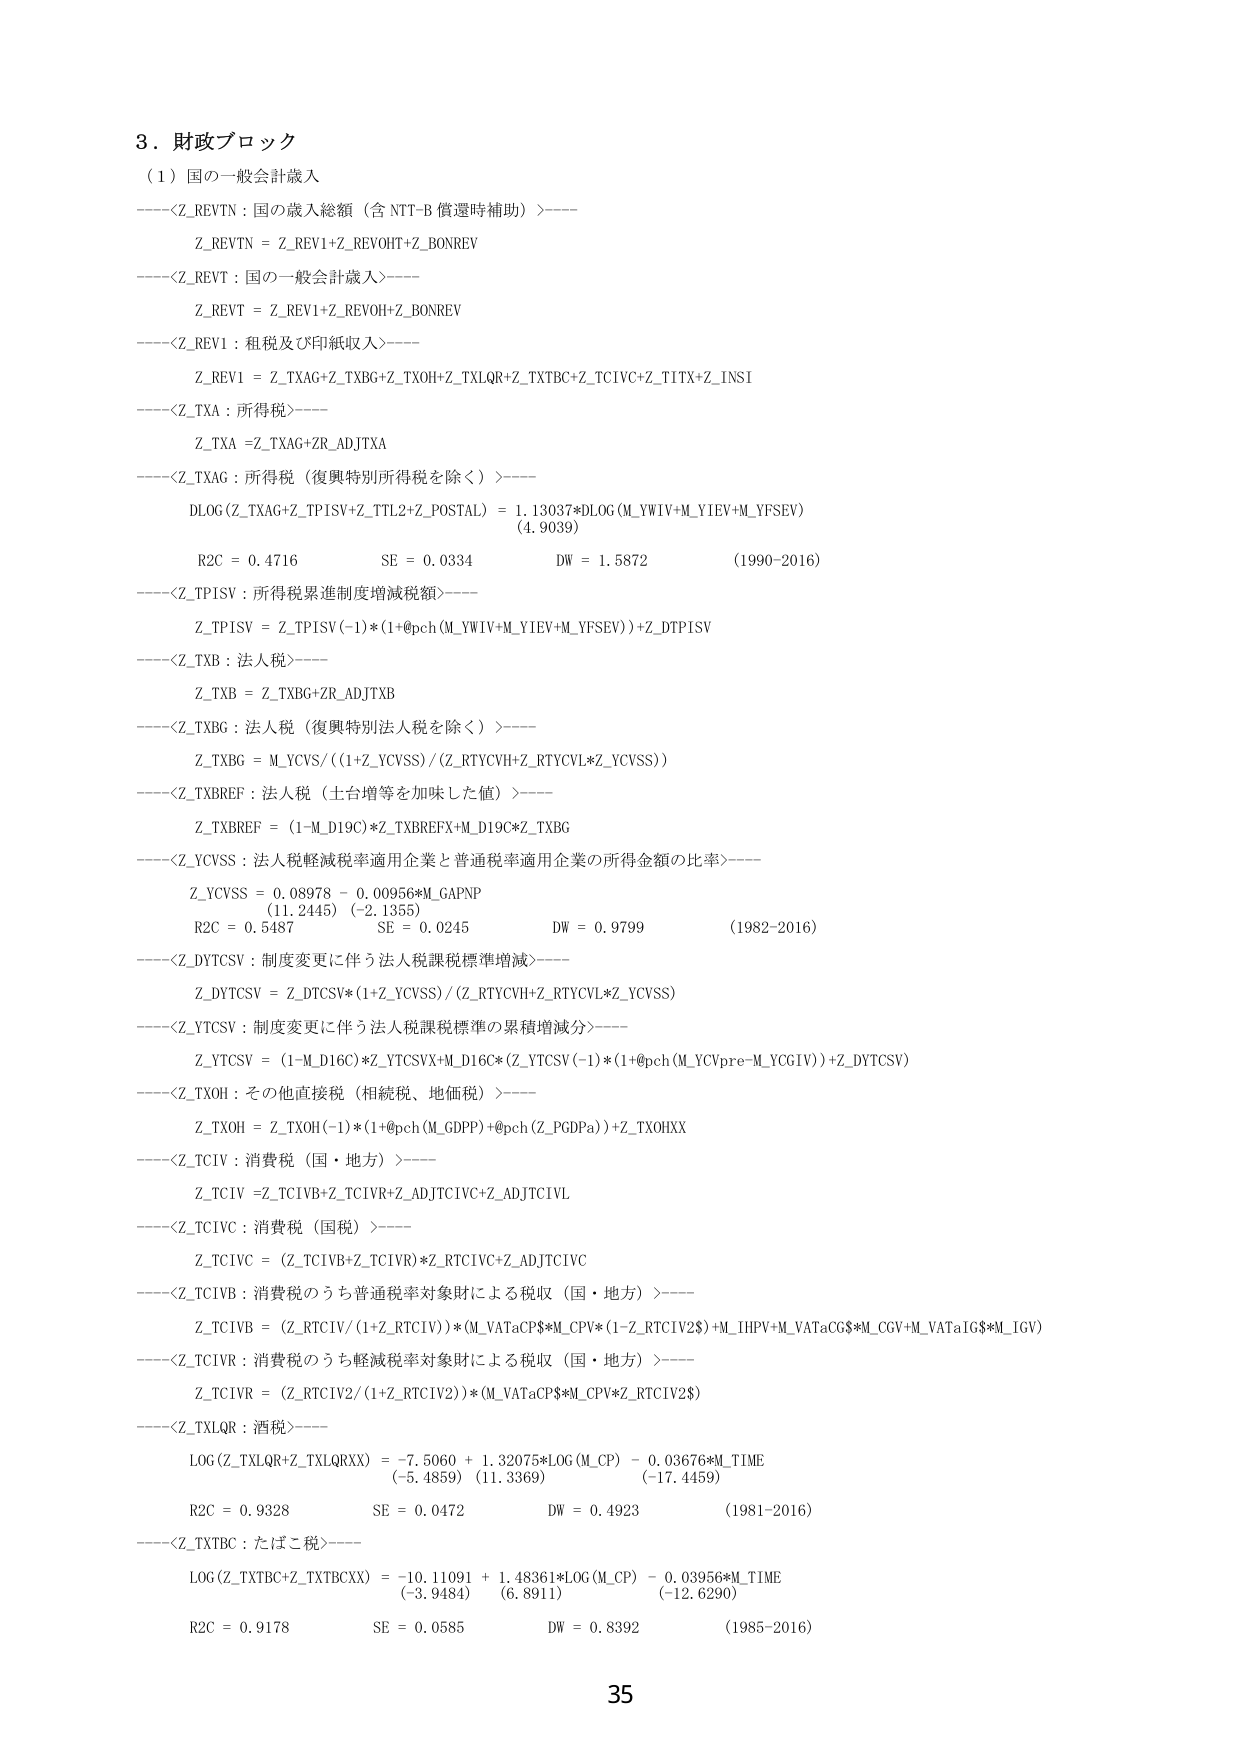
3. 財政ブロック
（1）国の一般会計歳入
----<Z_REVTN : 国の歳入総額（含 NTT-B 償還時補助）>----
Z_REVTN = Z_REV1+Z_REVOHT+Z_BONREV
----<Z_REVTT : 国の一般会計歳入>----
Z_REVTT = Z_REV1+Z_REVOHT+Z_BONREV
----<Z_REV1 : 租税及び印紙収入>----
Z_REV1 = Z_TXAG+Z_TXBG+Z_TXOH+Z_TXLQR+Z_TXTBC+Z_TCIVC+Z_TITX+Z_INSI
----<Z_TXA : 所得税>----
Z_TXA = Z_TXAG+ZR_ADJTXA
----<Z_TXAG : 所得税（復興特別所得税を除く）>----
DLOG(Z_TXAG+Z_TPISV+Z_TTL2+Z_POSTAL) = 1.13037*DLOG(M_YWIV+M_YIEV+M_YFSEV)
(4.9039)
R2C = 0.4716 SE = 0.0334 DW = 1.5872 (1990-2016)
----<Z_TPISV : 所得税累進制度増減税額>----
Z_TPISV = Z_TPISV(-1)*(1+@pch(M_YWIV+M_YIEV+M_YFSEV))+Z_DTPISV
----<Z_TXB : 法人税>----
Z_TXB = Z_TXBG+ZR_ADJTXB
----<Z_TXBG : 法人税（復興特別法人税を除く）>----
Z_TXBG = M_YCVS/(1+Z_YCVSS)/(Z_RTYCVH+Z_RTYCVL*Z_YCVSS)
----<Z_TXBREF : 法人税（土台増等を加味した値）>----
Z_TXBREF = (1-M_D19C)*Z_TXBREFX+M_D19C*Z_TXBG
----<Z_YCVSS : 法人税軽減税率適用企業と普通税率適用企業の所得金額の比率>----
Z_YCVSS = 0.08978 - 0.00956*M_GAPNP
(11.2445) (-2.1355)
R2C = 0.5487 SE = 0.0245 DW = 0.9799 (1982-2016)
----<Z_DYTCVS : 制度変更に伴う法人税課税標準増減>----
Z_DYTCVS = Z_DTCVS*(1+Z_YCVSS)/(Z_RTYCVH+Z_RTYCVL*Z_YCVSS)
----<Z_YTCVS : 制度変更に伴う法人税課税標準の累積増減分>----
Z_YTCVS = (1-M_D16C)*Z_YTCSVX+M_D16C*(Z_YTCVS(-1)*(1+@pch(M_YCVpre-M_YCGIV))+Z_DYTCVS)
----<Z_TXOH : その他直接税（相続税、地価税）>----
Z_TXOH = Z_TXOH(-1)*(1+@pch(M_GDPP)+@pch(Z_PGDPa))+Z_TXOHXX
----<Z_TCIV : 消費税（国・地方）>----
Z_TCIV = Z_TCIVB+Z_TCIVR+Z_ADJTCIVC+Z_ADJTCIVL
----<Z_TCIVC : 消費税（国税）>----
Z_TCIVC = (Z_TCIVB+Z_TCIVR)*Z_RTCIVC+Z_ADJTCIVC
----<Z_TCIVB : 消費税のうち普通税率対象財による税収（国・地方）>----
Z_TCIVB = (Z_RTCIV/(1+Z_RTCIV))*(M_VATaCP$*M_CPV*(1-Z_RTCIV2$)+M_IHPV+M_VATaCG$*M_CGV+M_VATaIG$*M_IGV)
----<Z_TCIVR : 消費税のうち軽減税率対象財による税収（国・地方）>----
Z_TCIVR = (Z_RTCIV2/(1+Z_RTCIV2))*(M_VATaCP$*M_CPV*Z_RTCIV2$)
----<Z_TXLQR : 酒税>----
LOG(Z_TXLQR+Z_TXLQRXX) = -7.5060 + 1.32075*LOG(M_CP) - 0.03676*M_TIME
(-5.4859) (11.3369) (-17.4459)
R2C = 0.9328 SE = 0.0472 DW = 0.4923 (1981-2016)
----<Z_TXTBC : たばこ税>----
LOG(Z_TXTBC+Z_TXTBCXX) = -10.11091 + 1.48361*LOG(M_CP) - 0.03956*M_TIME
(-3.9484) (6.8911) (-12.6290)
R2C = 0.9178 SE = 0.0585 DW = 0.8392 (1985-2016)
35